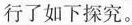
行了如下探究。